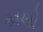
કાથો